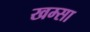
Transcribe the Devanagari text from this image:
खम्सा